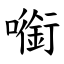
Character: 㘅